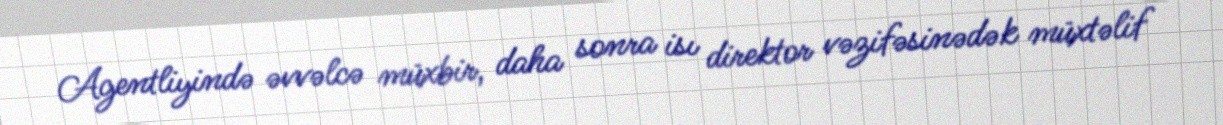
Agentliyində əvvəlcə müxbir, daha sonra isı direktor vəzifəsinədək müxtəlif